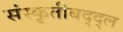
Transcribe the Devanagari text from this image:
संस्कृतीबद्द्ल